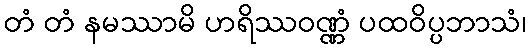
တံ တံ နမဿာမိ ဟရိဿဝဏ္ဏံ ပထဝိပ္ပဘာသံ၊